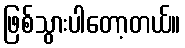
ဖြစ်သွားပါတော့တယ်။